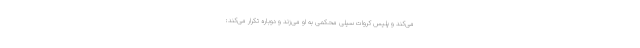
می‌کند و پلیس کروات سیلی محکمی به او می‌زند و دوباره تکرار می‌کند: